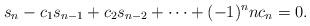
LaTeX: \begin{align*}s_n - c_1s_{n-1} + c_2s_{n-2} + \dots + (-1)^nnc_n &= 0.\end{align*}